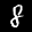
Label: 8